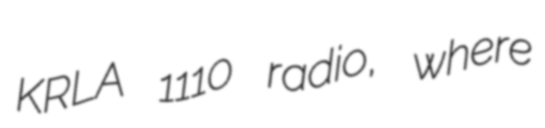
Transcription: KRLA 1110 radio, where